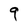
Character: 9